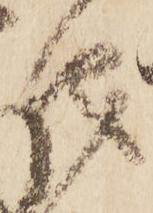
儀